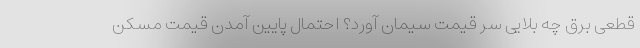
قطعی برق چه بلایی سر قیمت سیمان آورد؟ احتمال پایین آمدن قیمت مسکن